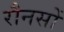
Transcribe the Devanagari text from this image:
रौनसों